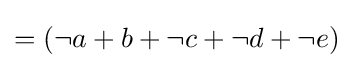
{\textstyle =(\neg a+b+\neg c+\neg d+\neg e)}